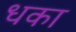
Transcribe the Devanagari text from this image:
धका